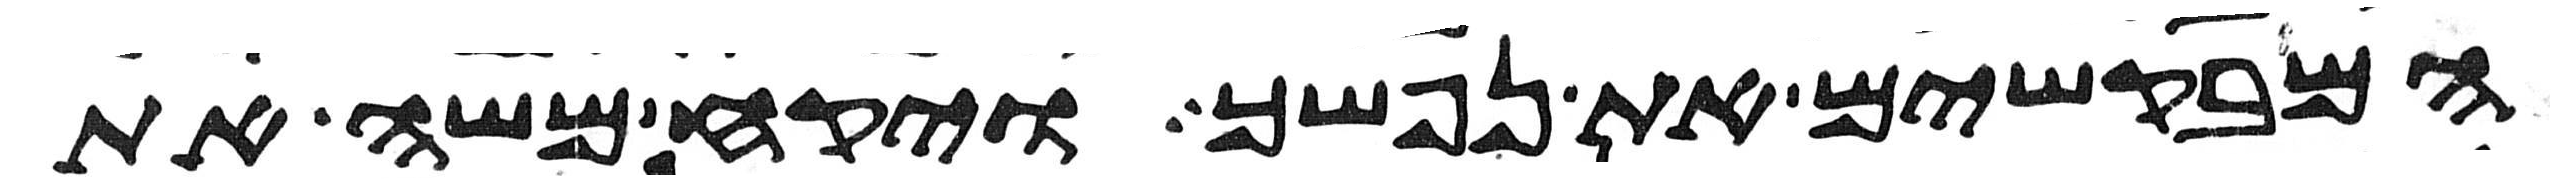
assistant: המבקשים את נפשך ויקח משה את